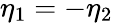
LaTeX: \eta_{1}=-\eta_{2}